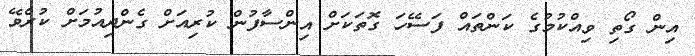
އިން ގޯތި ވިއްކުމުގެ ކަންތައް ފަސޭހަ ގޮތަކަށް އިންސާފުން ކުރިއަށް ގެންދިއުމަށް ކުރެވޭ